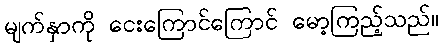
မျက်နှာကို ငေးကြောင်ကြောင် မော့ကြည့်သည်။